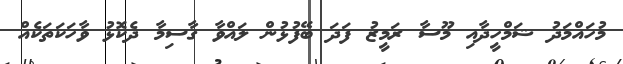
މުހައްމަދު ޝަމްހީދާއި މޫސާ ރަމީޒު ފަދަ ބޭފުޅުން ލައްވާ ގާސިމާ ދެކޮޅު ވާހަކަތަކެއް